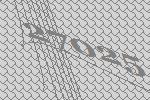
27025